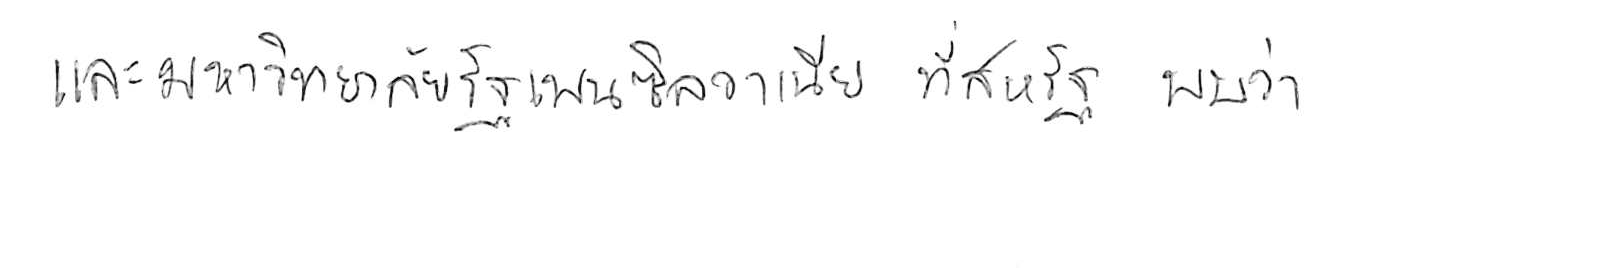
และมหาวิทยาลัยรัฐเพนซิลวาเนีย ที่สหรัฐ พบว่า